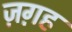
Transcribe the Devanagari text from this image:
ज़ग़ह